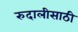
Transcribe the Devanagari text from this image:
रुदालीसाठी